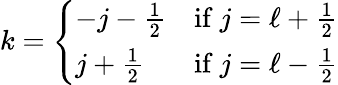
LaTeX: k={\left\{ \begin{array}{ll}{-j-{\frac{1}{2}}}&{{\mathrm{if~}}j=\ell+{\frac{1}{2}}}\\ {j+{\frac{1}{2}}}&{{\mathrm{if~}}j=\ell-{\frac{1}{2}}}\end{array}\right.}